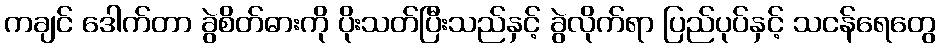
ကချင် ဒေါက်တာ ခွဲစိတ်ဓားကို ပိုးသတ်ပြီးသည်နှင့် ခွဲလိုက်ရာ ပြည်ပုပ်နှင့် သငန်ရေတွေ